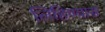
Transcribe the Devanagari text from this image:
लिहिण्‍यास